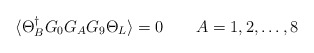
\begin{align*}\langle \Theta^\dagger_B G_0 G_A G_9 \Theta_L\rangle =0\qquad A= 1,2,\dots ,8\end{align*}